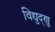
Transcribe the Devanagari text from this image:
विद्युद्णु